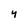
Character: 4